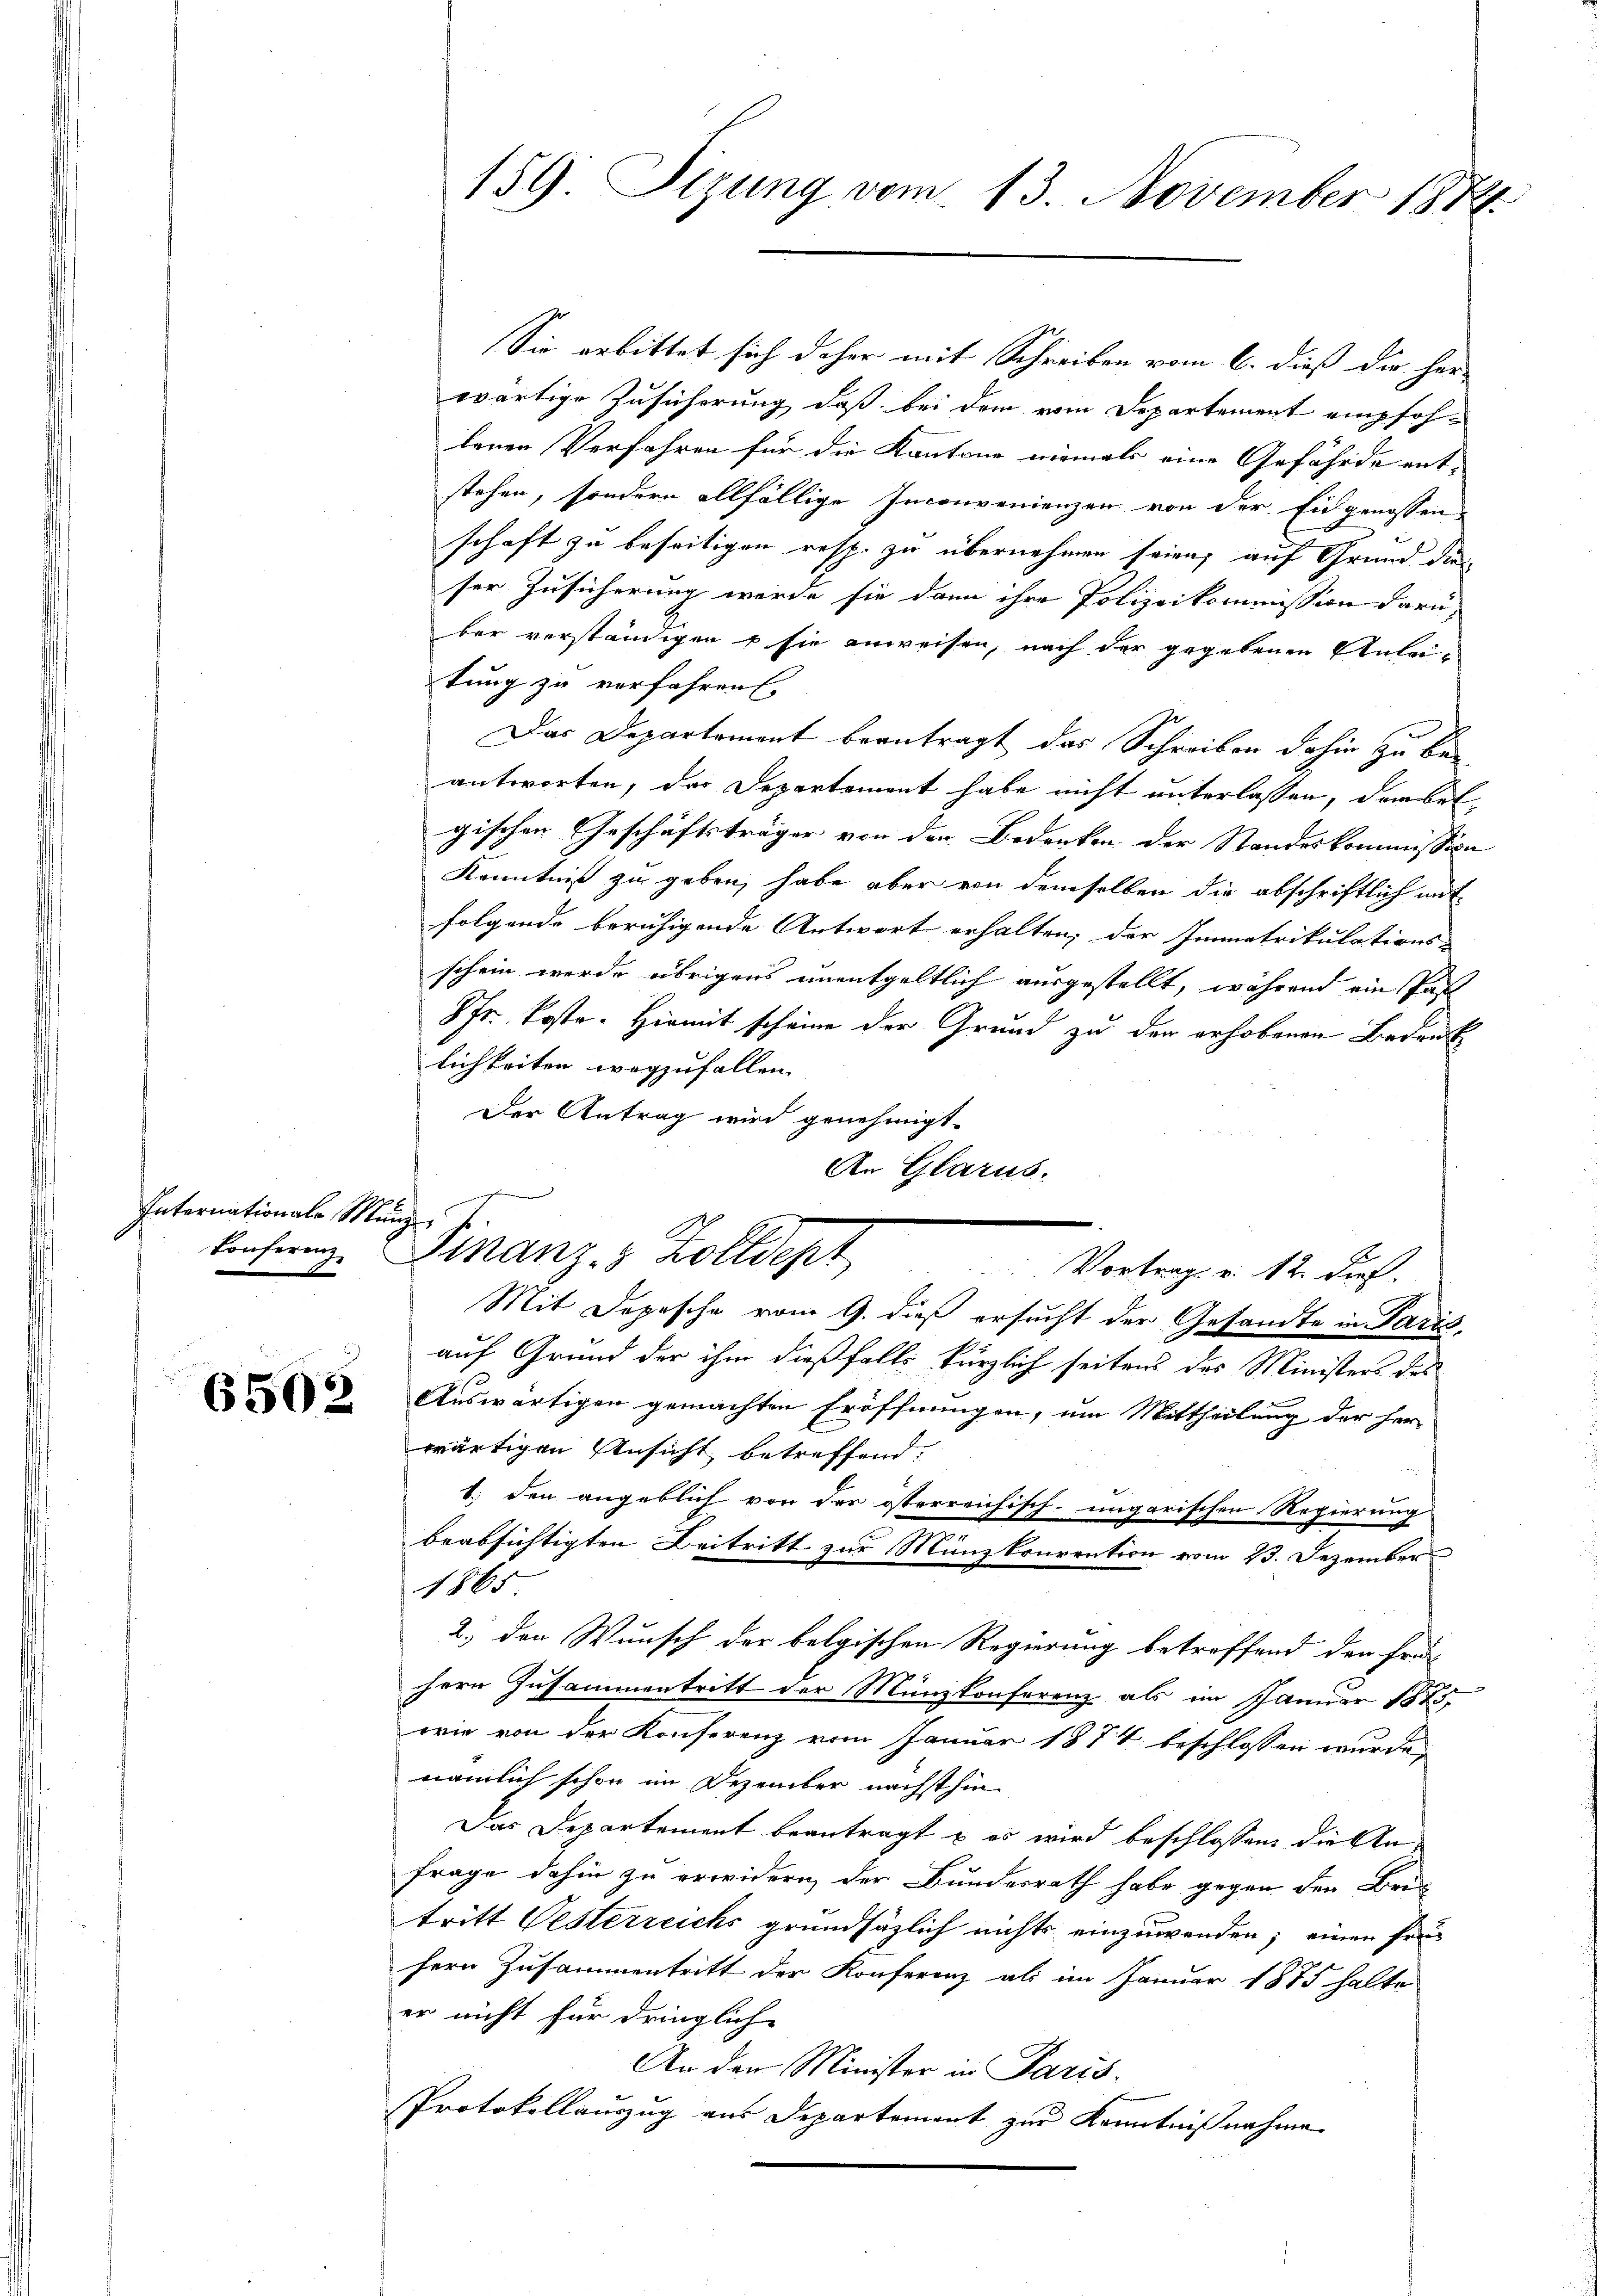
Internationale Munz

6502

Sie erbittet sich daher mit Schreiben vom 6. dieß die her-
wärtige Zusicherung, daß bei dem vom Departement empfoh-
lenen Verfahren für die Kantone niemals eine Gefährde entstehen, sondern allfällige Inconvenienzen von der Eidgenossen
schaft zu beseitigen resp. zu übernehmen seien, auf Grund die
ser Zusicherung werde sie dann ihre Polizeikommission darü-
ber verständigen u sie anweisen, nach der gegebenen Anleitung zu verfahren.
Das Departement beantragt das Schreiben dahin zu beantworten, das Departement habe nicht unterlassen, der betgischen Geschäftsträger von den Bedenken der Standeskommission
Kenntniß zu geben, habe aber von demselben die abschriftlich mit
folgende beruhigende Antwort erhalten, der Immatrikulations-
schein werde übrigens unentgeltlich ausgestellt, während ein Past
8fr. koste. Hiemit scheine der Grund zu der erhobenen Bedeut
lichkeiten wegzufallen.
Der Antrag wird genehmigt.
Vortrag v. 12. Dief.
Mit Depesche vom 9. dieß ersucht der Gesandte in Paris,
auf Grund der ihm dießfalls kürzlich seitens des Ministers des
Auswärtigen gemachten Eröffnungen, um Mittheilung der her-
wärtigen Ansicht betreffend,
.) den angeblich von der österreichisch-ungarischen Regierung
beabsichtigten Beitritt zur Münzkonvention vom 23. Dezember
1865
2.) den Wunsch der belgischen Regierung betreffend den frühern Zusammentritt der Münzkonferenz als im Januar 1875
wie von der Konferenz vom Januar 1874 beschlossen wurde,
nämlich schon im Dezember nächsthin
Das Departement beantragt u es wird beschlossen, die An¬
Frage dahin zu erwidern, der Bundesrath habe gegen den Beitritt Vesterreichs grundsätzlich nichts einzuwenden; einen früfern Zusammentritt der Konferenz als im Januar 1875 halte
er nicht für dringliche
An den Minister in Paris.
Protokollauszug aus Departement zur Kenntnißnahme

159. Sitzung vom 13. November 1874

An Glarus.
Konferenz. Finanz- & Zolldept